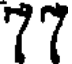
77